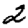
Digit: 2